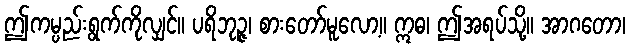
ဤကမ္ပည်းရွက်ကိုလျှင်။ ပရိဘုဉ္ဇ၊ စားတော်မူလော့။ ဣဓ၊ ဤအရပ်သို့။ အာဂတော၊